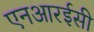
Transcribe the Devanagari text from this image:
एनआरईसी